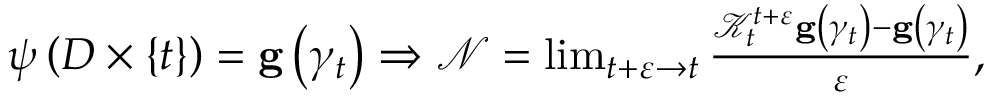
\begin{array} { r } { \psi \left( D \times \{ t \} \right) = \mathbf { g } \left( \gamma _ { t } \right) \Rightarrow \mathcal { N } = \operatorname* { l i m } _ { t + \varepsilon \rightarrow t } \frac { \mathcal { K } _ { t } ^ { t + \varepsilon } \mathbf { g } \left( \gamma _ { t } \right) - \mathbf { g } \left( \gamma _ { t } \right) } { \varepsilon } , } \end{array}